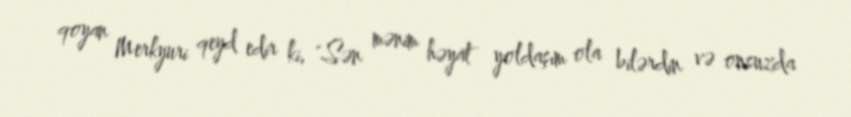
qoyan Merkyuri qeyd edir ki, "Sən mənim həyat yoldaşım ola bilərdin və onsuzda